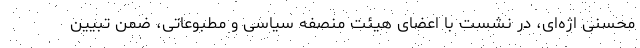
محسنی اژه‌ای، در نشست با اعضای هیئت منصفه سیاسی و مطبوعاتی، ضمن تبیین